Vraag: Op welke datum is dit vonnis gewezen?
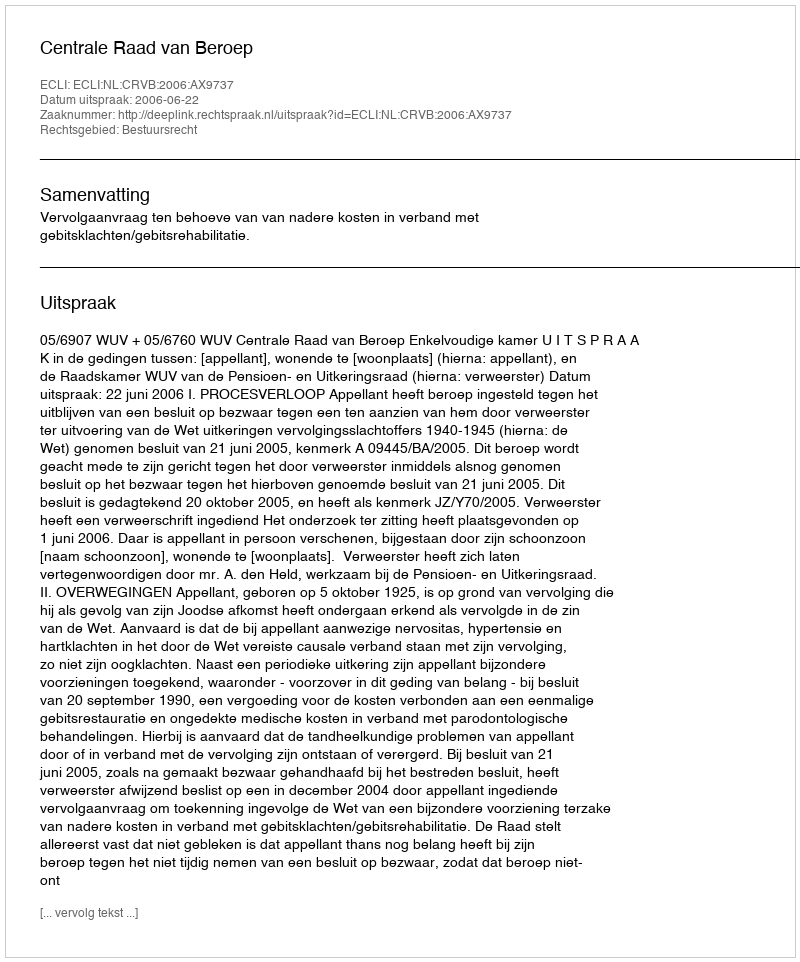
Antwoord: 2006-06-22